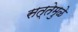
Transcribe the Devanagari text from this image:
सत्तेमुळे